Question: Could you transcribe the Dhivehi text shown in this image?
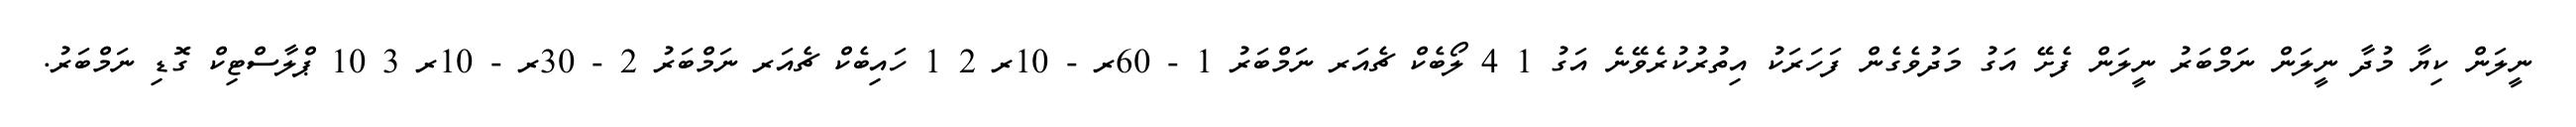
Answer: ނީލަން ކިޔާ މުދާ ނީލަން ނަމްބަރު ނީލަން ފެށޭ އަގު މަދުވެގެން ފަހަރަކު އިތުރުކުރެވޭނެ އަގު 1 4 ލޯބެކް ޗެއަރ ނަމްބަރު 1 - 60ރ - 10ރ 2 1 ހައިބެކް ޗެއަރ ނަމްބަރު 2 - 30ރ - 10ރ 3 10 ޕްލާސްޓިކް ގޮޑި ނަމްބަރު.